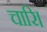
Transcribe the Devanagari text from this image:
चारि।